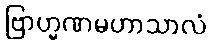
ဗြာဟ္မဏမဟာသာလံ